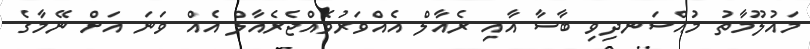
މައުލޫމާތު މުއްސަނދިވި ބާސާ އާއި ރެއާލް އެއްވަރުވެއްޖެރެއާލް އެއް ވަނަ އަށް ނޭމާގެ